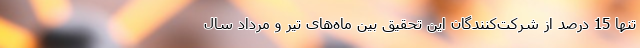
تنها 15 درصد از شرکت‌کنندگان این تحقیق بین ماه‌های تیر و مرداد سال